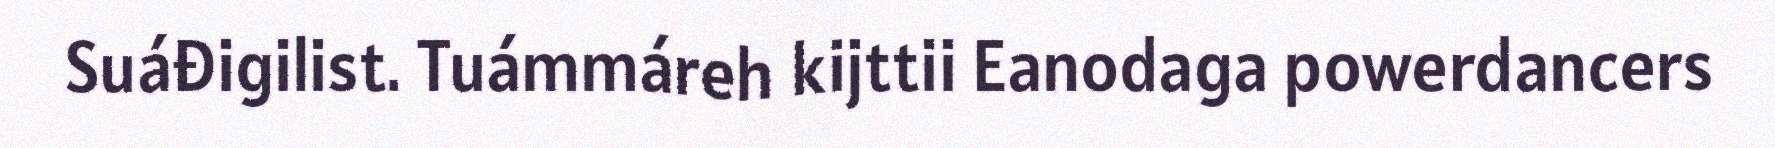
Suáđigilist. Tuámmáreh kijttii Eanodaga powerdancers